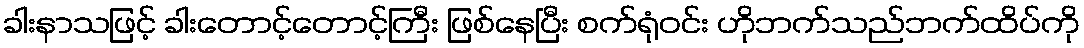
ခါးနာသဖြင့် ခါးတောင့်တောင့်ကြီး ဖြစ်နေပြီး စက်ရုံဝင်း ဟိုဘက်သည်ဘက်ထိပ်ကို